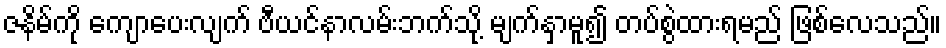
ဇနိမ်ကို ကျောပေးလျက် ဗီယင်နာလမ်းဘက်သို့ မျက်နှာမူ၍ တပ်စွဲထားရမည် ဖြစ်လေသည်။